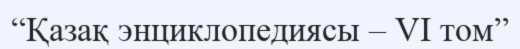
“Қазақ энциклопедиясы – VI том”